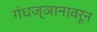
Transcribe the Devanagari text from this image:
गंधज्ञानावरून